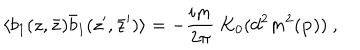
LaTeX: \langle b _ { 1 } ( z , \bar { z } ) \bar { b } _ { 1 } ( z ^ { \prime } , \bar { z } ^ { \prime } ) \rangle = - { \frac { i m } { 2 \pi } } ~ K _ { 0 } ( d ^ { 2 } m ^ { 2 } ( { \bf p } ) ) ~ ,